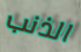
الذنب